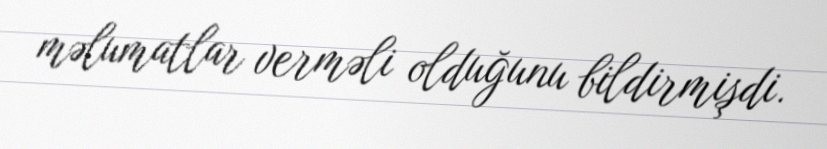
məlumatlar verməli olduğunu bildirmişdi.